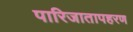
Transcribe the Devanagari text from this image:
पारिजातापहरण